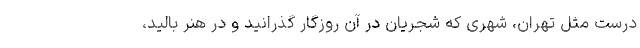
درست مثل تهران، شهری که شجریان در آن روزگار گذرانید و در هنر بالید،